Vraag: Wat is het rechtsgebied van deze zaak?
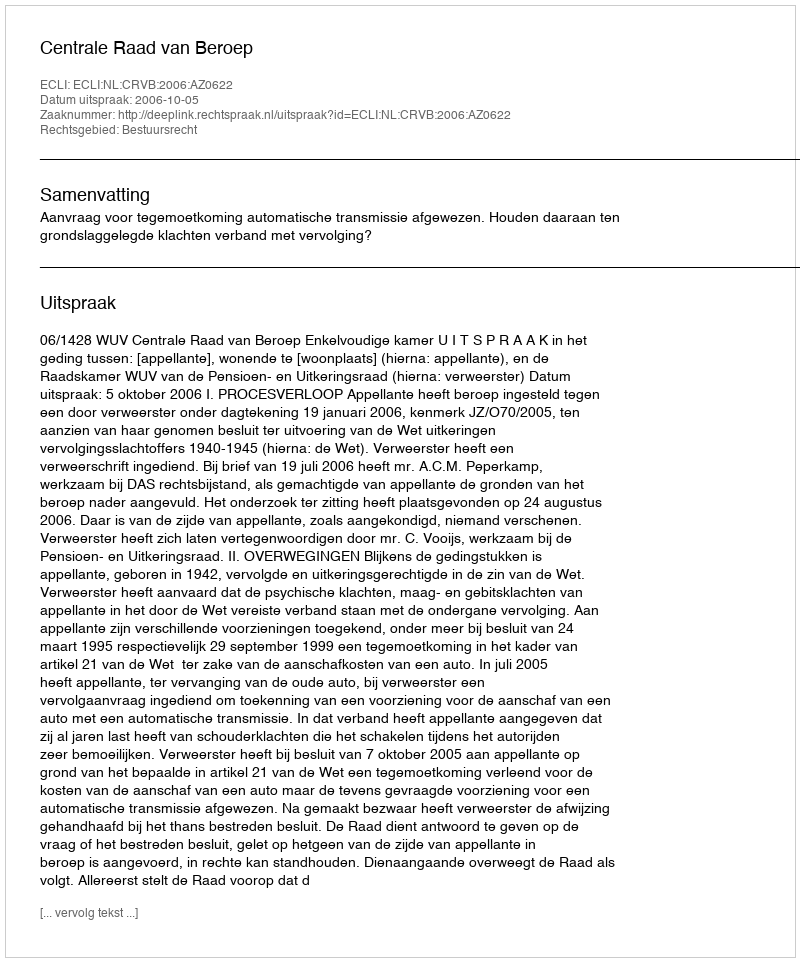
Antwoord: Bestuursrecht